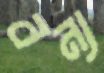
বন্য